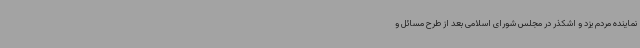
نماینده مردم یزد و اشکذر در مجلس شورای اسلامی بعد از طرح مسائل و